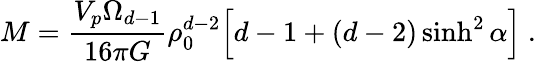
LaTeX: M=\frac{V_{p}\Omega_{d-1}}{16\pi G}\rho_{0}^{d-2}\Big[d-1+(d-2)\sinh^{2}\alpha\Big]\ .